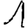
Digit: 1